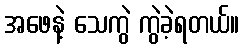
အဖေနဲ့ သေကွဲ ကွဲခဲ့ရတယ်။